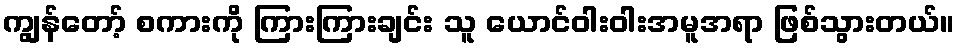
ကျွန်တော့် စကားကို ကြားကြားချင်း သူ ယောင်ဝါးဝါးအမူအရာ ဖြစ်သွားတယ်။